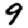
Digit: 9